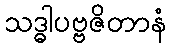
သဒ္ဓါပဗ္ဗဇိတာနံ